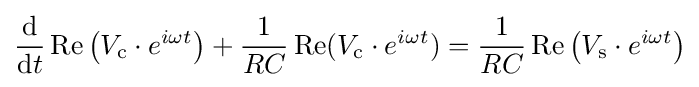
{\frac {\mathrm {d} }{\mathrm {d} t}}\operatorname {Re} \left(V_{\text{c}}\cdot e^{i\omega t}\right)+{\frac {1}{RC}}\operatorname {Re} (V_{\text{c}}\cdot e^{i\omega t})={\frac {1}{RC}}\operatorname {Re} \left(V_{\text{s}}\cdot e^{i\omega t}\right)